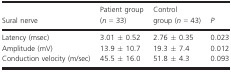
<table><thead><tr><td><b>Sural nerve</b></td><td><b>Patient group (<i>n</i> = 33)</b></td><td><b>Control group (<i>n</i> = 43)</b></td><td><b><i>P</i></b></td></tr></thead><tbody><tr><td>Latency (msec)</td><td>3.01 ± 0.52</td><td>2.76 ± 0.35</td><td>0.023</td></tr><tr><td>Amplitude (mV)</td><td>13.9 ± 10.7</td><td>19.3 ± 7.4</td><td>0.012</td></tr><tr><td>Conduction velocity (m/sec)</td><td>45.5 ± 16.0</td><td>51.8 ± 4.3</td><td>0.093</td></tr></tbody></table>